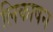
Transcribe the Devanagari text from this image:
लिकाषन